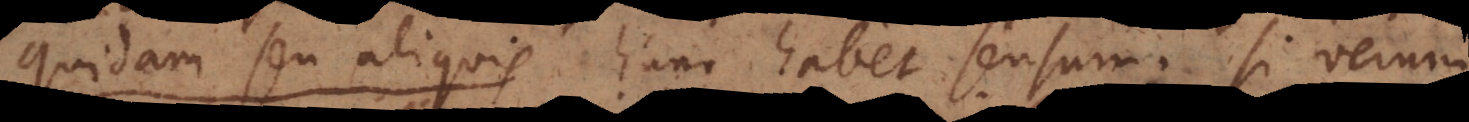
Quidam seu aliquis hunc habet sensum: si verum